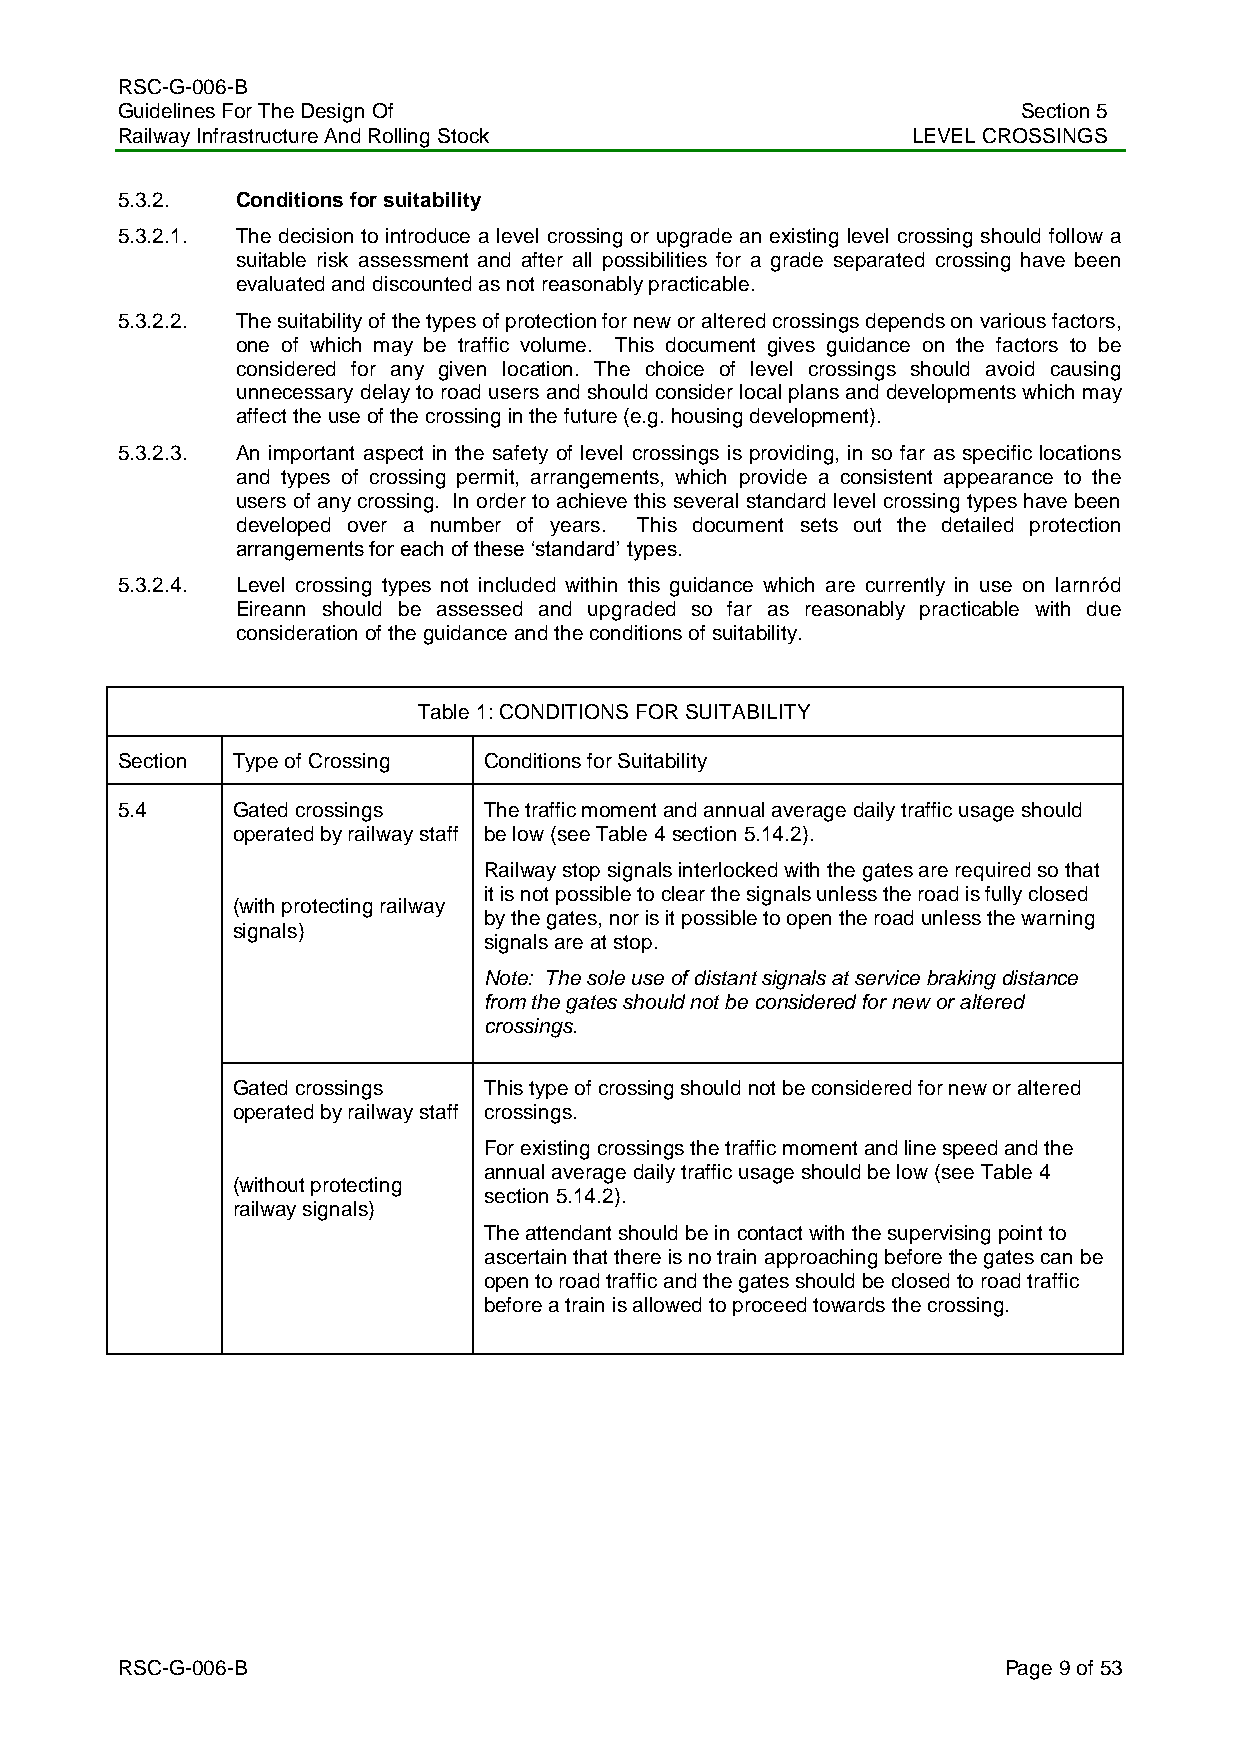
RSC-G-006-B
 Guidelines For The Design Of                                Section 5
 Railway Infrastructure And Rolling Stock            LEVEL CROSSINGS
 5.3.2.  Conditions for suitability
 5.3.2.1. The decision to introduce a level crossing or upgrade an existing level crossing should follow a
 suitable risk assessment and after all possibilities for a grade separated crossing have been
 evaluated and discounted as not reasonably practicable.
 5.3.2.2. The suitability of the types of protection for new or altered crossings depends on various factors,
 one of which may be traffic volume. This document gives guidance on the factors to be
 considered for any given location. The choice of level crossings should avoid causing
 unnecessary delay to road users and should consider local plans and developments which may
 affect the use of the crossing in the future (e.g. housing development).
 5.3.2.3. An important aspect in the safety of level crossings is providing, in so far as specific locations
 and types of crossing permit, arrangements, which provide a consistent appearance to the
 users of any crossing. In order to achieve this several standard level crossing types have been
 developed over a number of years. This document sets out the detailed protection
 arrangements for each of these „standard‟ types.
 5.3.2.4. Level crossing types not included within this guidance which are currently in use on Iarnród
 Eireann should be assessed and upgraded so far as reasonably practicable with due
 consideration of the guidance and the conditions of suitability.
 Table 1: CONDITIONS FOR SUITABILITY
 Section Type of Crossing Conditions for Suitability
 5.4    Gated crossings  The traffic moment and annual average daily traffic usage should
 operated by railway staff be low (see Table 4 section 5.14.2).
 Railway stop signals interlocked with the gates are required so that
 it is not possible to clear the signals unless the road is fully closed
 (with protecting railway
 by the gates, nor is it possible to open the road unless the warning
 signals)
 signals are at stop.
 Note: The sole use of distant signals at service braking distance
 from the gates should not be considered for new or altered
 crossings.
 Gated crossings  This type of crossing should not be considered for new or altered
 operated by railway staff crossings.
 For existing crossings the traffic moment and line speed and the
 annual average daily traffic usage should be low (see Table 4
 (without protecting
 section 5.14.2).
 railway signals)
 The attendant should be in contact with the supervising point to
 ascertain that there is no train approaching before the gates can be
 open to road traffic and the gates should be closed to road traffic
 before a train is allowed to proceed towards the crossing.
 RSC-G-006-B                                               Page 9 of 53